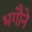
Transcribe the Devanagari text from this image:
भगौने